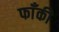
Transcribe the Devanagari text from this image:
फाँकी